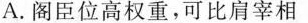
A.阁臣位高权重，可比肩宰相